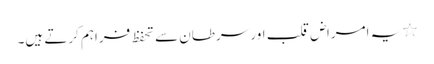
٭ یہ امراض قلب اور سرطان سے تحفظ فراہم کرتے ہیں۔